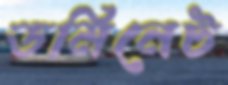
ডমিনেট